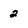
Character: 2